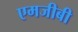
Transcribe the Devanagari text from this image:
एमजीबी